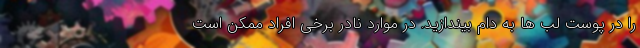
را در پوست لب ها به دام بیندازید. در موارد نادر برخی افراد ممکن است